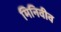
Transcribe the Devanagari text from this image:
मिनिवीव